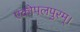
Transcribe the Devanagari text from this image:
एकोपलपुरम्।